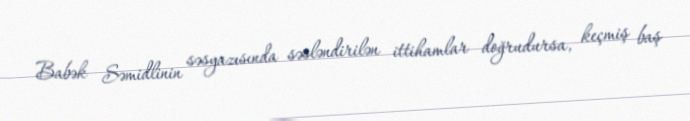
Babək Səmidlinin səsyazısında səsləndirilən ittihamlar doğrudursa, keçmiş baş